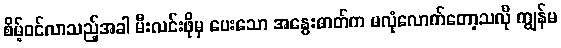
စိမ့်ဝင်လာသည့်အခါ မီးလင်းဖိုမှ ပေးသော အနွေးဓာတ်က မလုံလောက်တော့သလို ကျွန်မ